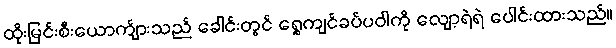
ထိုးမြင်းစီးယောက်ျားသည် ခေါင်းတွင် ရွှေကျင်ခပ်ပဝါကို လျော့ရဲရဲ ပေါင်းထားသည်။